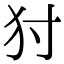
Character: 𤜮